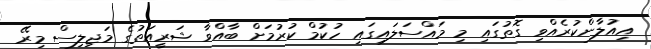
އިއުލާންކުރެއްވި ގޮތުގައި މި މައްސަލައިގައި ހުކުމް ކުރުމަށް ބާއްވާ ޝަރީއަތުގެ މަޖިލިސް މިރޭ